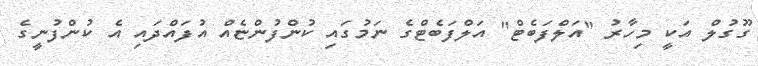
ގޫގުލް އަކީ މިހާރު "އަލްފަބެޓް" އަލްފަބެޓްގެ ނަމުގައި ކުންފުންޏެއް އުފައްދައި އެ ކުންފުނީގެ